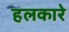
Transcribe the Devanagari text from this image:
हलकारे